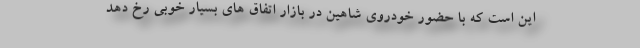
اين است كه با حضور خودروي شاهين در بازار اتفاق هاي بسيار خوبي رخ دهد